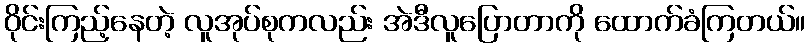
ဝိုင်းကြည့်နေတဲ့ လူအုပ်စုကလည်း အဲဒီလူပြောတာကို ထောက်ခံကြတယ်။